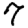
Digit: 7